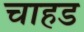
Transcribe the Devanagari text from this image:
चाहड